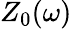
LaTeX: Z_{0}(\omega)